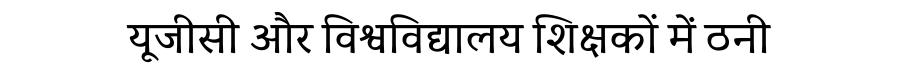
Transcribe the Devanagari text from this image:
यूजीसी और विश्वविद्यालय शिक्षकों में ठनी